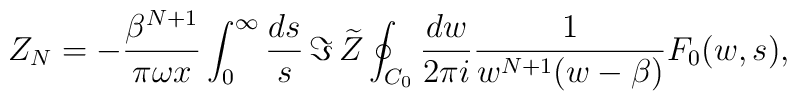
Z_N=-{\beta^{N+1}\over\pi\omega x}\int_0^\infty{ds\over s}\,   \Im\,\widetilde Z   \oint_{C_0}{dw\over2\pi i}{1\over w^{N+1}(w-\beta)}F_0(w,s),